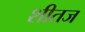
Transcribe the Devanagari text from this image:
शीतज